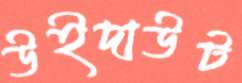
উইদাউট